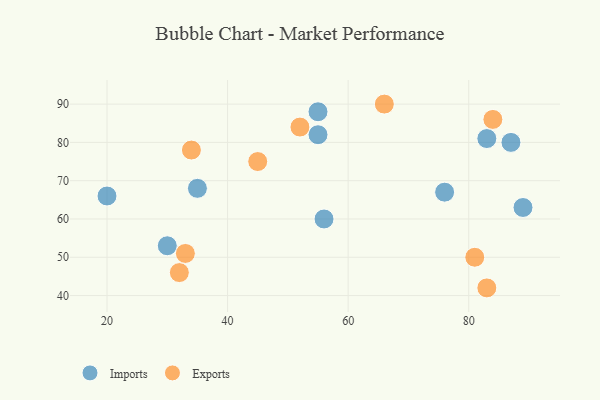
{"axis": {"x": "GDP", "y": "Life Expectancy"}, "legend": ["Exports", "Imports"], "data": [{"x": "30", "y": 53, "type": "Imports"}, {"x": "20", "y": 66, "type": "Imports"}, {"x": "87", "y": 80, "type": "Imports"}, {"x": "55", "y": 88, "type": "Imports"}, {"x": "35", "y": 68, "type": "Imports"}, {"x": "89", "y": 63, "type": "Imports"}, {"x": "76", "y": 67, "type": "Imports"}, {"x": "83", "y": 81, "type": "Imports"}, {"x": "56", "y": 60, "type": "Imports"}, {"x": "55", "y": 82, "type": "Imports"}, {"x": "66", "y": 90, "type": "Exports"}, {"x": "81", "y": 50, "type": "Exports"}, {"x": "83", "y": 42, "type": "Exports"}, {"x": "32", "y": 46, "type": "Exports"}, {"x": "52", "y": 84, "type": "Exports"}, {"x": "33", "y": 51, "type": "Exports"}, {"x": "45", "y": 75, "type": "Exports"}, {"x": "34", "y": 78, "type": "Exports"}, {"x": "84", "y": 86, "type": "Exports"}]}